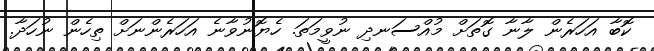
ކޮބާ އަހަރެން ލާނާ ގޮތަށް މުއްސަނދި ނުވީމަތަ. ހެޔޮނުވާނެ އަހަރެންނަށް ތިހެން ނުހަދާ.